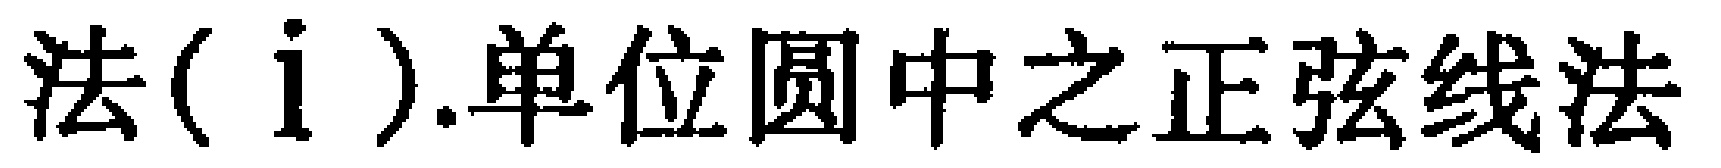
法$(\mathrm{i})$.单位圆中之正弦线法